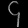
Digit: ၄